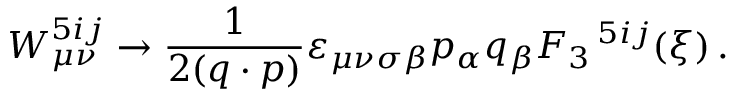
W _ { \mu \nu } ^ { 5 i j } \rightarrow \frac { 1 } { 2 ( q \cdot p ) } \varepsilon _ { \mu \nu \sigma \beta } p _ { \alpha } q _ { \beta } F _ { 3 } \, ^ { 5 i j } ( \xi ) \, .